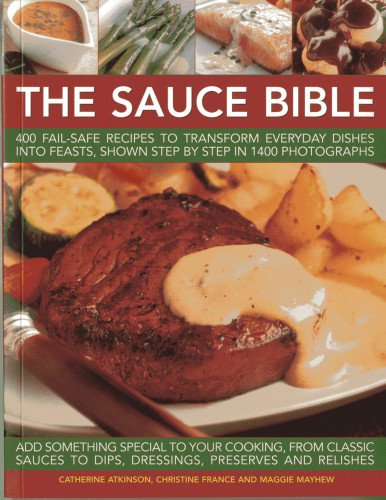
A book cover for The Sauce Bible: 400 fail-safe recipes to transform everyday dishes into feasts, shown step by step in 1400 photographs; Catherine Atkinson; Cookbooks, Food & Wine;